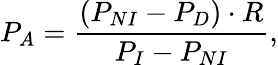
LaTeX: P_{A}=\frac{(P_{NI}-P_{D})\cdot R}{P_{I}-P_{NI}},